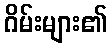
ဂိမ်းများ၏